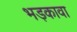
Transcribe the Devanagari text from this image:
भड़कावा